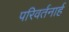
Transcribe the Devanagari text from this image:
परिवर्तनार्ह